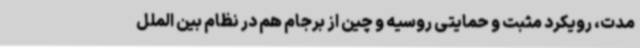
مدت، رویکرد مثبت و حمایتی روسیه و چین از برجام هم در نظام بین الملل